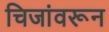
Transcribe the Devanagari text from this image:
चिजांवरून